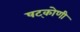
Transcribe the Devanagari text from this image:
षट्कोणी